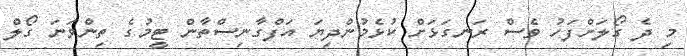
މި ދެ ގޯލަށްފަހު ވެސް ރަނގަޅަށް ކުޅެމުންދިޔަ އަފްގާނިސްތާން ޓީމުގެ ތިންވަނަ ގޯލް